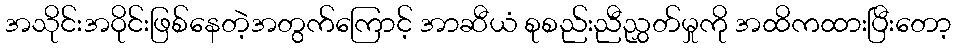
အသိုင်းအဝိုင်းဖြစ်နေတဲ့အတွက်ကြောင့် အာဆီယံ စုစည်းညီညွှတ်မှုကို အထိကထားပြီးတော့